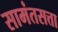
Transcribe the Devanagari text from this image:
सामंतसत्ता